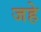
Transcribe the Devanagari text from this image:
जहे